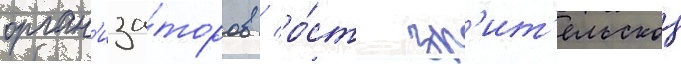
орган'иза́торов / ро́ст зр'ит'ельскои